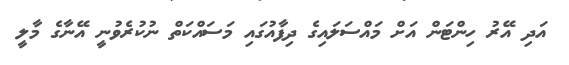
އަދި އޭރު ހިންޓަން އަށް މައްސަަލައިގެ ދިފާއުގައި މަސައްކަތް ނުކުރެވުނީ އޭނާގެ މާލީ